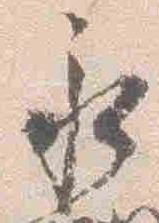
永